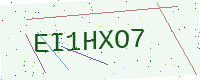
Text: EI1HXO7